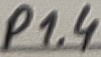
Text: P1.4